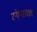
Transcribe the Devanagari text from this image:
रंगमाळा